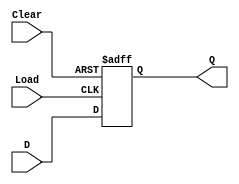
//Verilog Model of an N-bit register with active-low asynchronous clear 
module PIPOreg  #(parameter N = 4)( 
     input [N-1:0] D,     //declare N-bit data input 
     input Load, Clear,     //declare clock and clear inputs 
     output reg [N-1:0] Q);     //declare N-bit data output      
          always @ (negedge Load, negedge Clear)  //detect change of clock or clear 
               begin  
                    if (Clear==1'b0) Q = 0;   //register loaded with all 0s 
                         else if (Load==1'b0) Q = D;  //data input values loaded in register 
               end 
endmodule